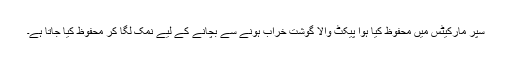
سپر مارکیٹس میں محفوظ کیا ہوا پیکٹ والا گوشت خراب ہونے سے بچانے کے لیے نمک لگا کر محفوظ کیا جاتا ہے۔